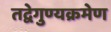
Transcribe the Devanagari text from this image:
तद्वेगुण्यक्रमेण